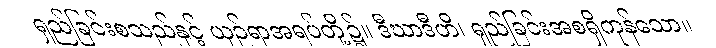
ရှည်ခြင်းစသည်နှင့် ယှဉ်ရာအရပ်တို့၌။ ဒီဃာဒီဟိ၊ ရှည်ခြင်းအစရှိကုန်သော။